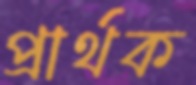
প্রার্থক